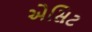
એસિટ